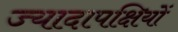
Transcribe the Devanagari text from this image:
ज्यादापक्षियों